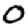
Digit: 0